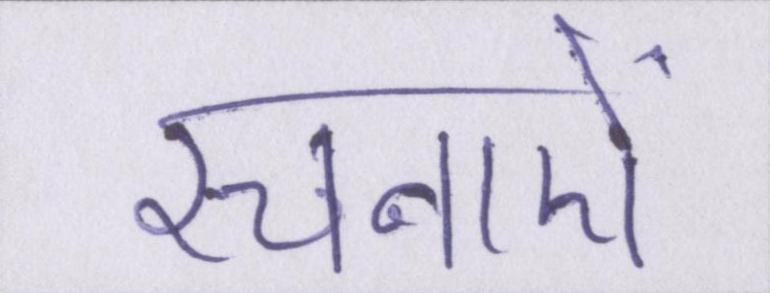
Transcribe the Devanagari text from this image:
रचनाऐं